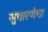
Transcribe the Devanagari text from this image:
सुधारणेचा